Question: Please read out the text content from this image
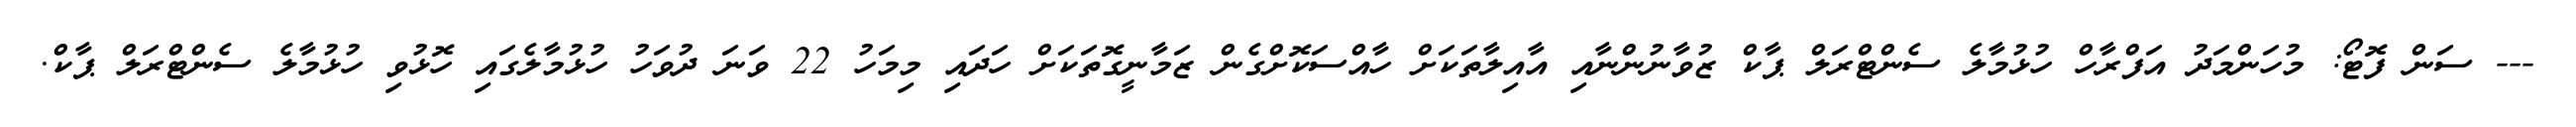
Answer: --- ސަން ފޮޓޯ: މުހަންމަދު އަފްރާހް ހުޅުމާލެ ސެންޓްރަލް ޕާކް ޒުވާނުންނާއި އާއިލާތަކަށް ހާއްސަކޮށްގެން ޒަމާނީގޮތަކަށް ހަދައި މިމަހު 22 ވަނަ ދުވަހު ހުޅުމާލެގައި ހޮޅުވި ހުޅުމާލެ ސެންޓްރަލް ޕާކް.